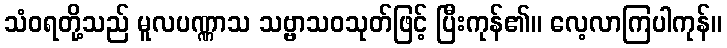
သံဝရတို့သည် မူလပဏ္ဏာသ သဗ္ဗာသဝသုတ်ဖြင့် ပြီးကုန်၏။ လေ့လာကြပါကုန်။